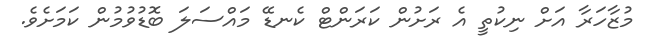
މުޒާހަރާ އަށް ނިކުތީ އެ ރަށުން ކަރަންޓް ކެނޑޭ މައްސަލަ ބޮޑުވުމުން ކަމަށެވެ.